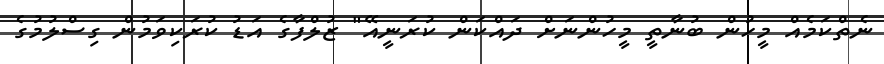
ނެތްކަމެއް މީހުން ބުނާތީ މީހުންނަށް ދައްކަން ކުރަނީއޭ" ޒުލްފާގެ އަޑު ކުރަކިވަމުން ގިސްލުމުގެ